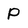
Character: P